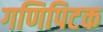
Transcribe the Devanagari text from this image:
गणिपिटक